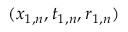
( x _ { 1 , n } , t _ { 1 , n } , r _ { 1 , n } )